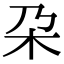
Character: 朶